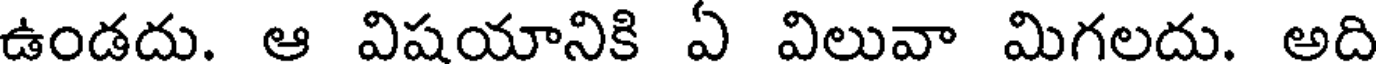
ఉండదు. ఆ విషయానికి ఏ విలువా మిగలదు. అది